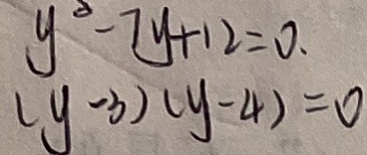
y ^ { 3 } - 7 y + 1 2 = 0 . ( y - 3 ) ( y - 4 ) = 0